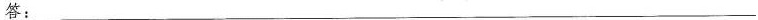
答：___